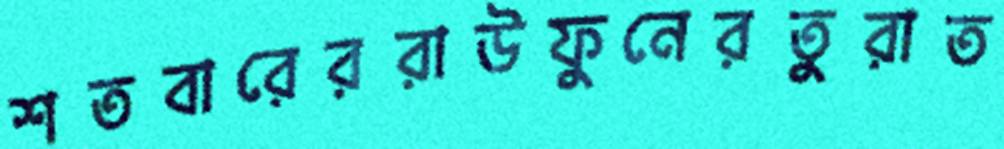
শতবারেররাউফুনেরতুরাত